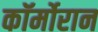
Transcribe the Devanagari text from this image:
कॉर्मोरान